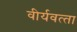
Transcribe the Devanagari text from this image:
वीर्यवत्‍ता